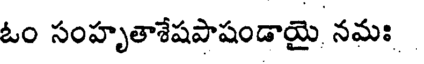
ఓం సంహృతాశేషపాషండాయై నమః